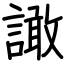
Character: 譀